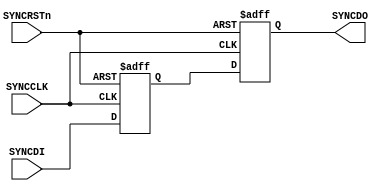
//-----------------------------------------------------------------------------
// The confidential and proprietary information contained in this file may
// only be used by a person authorised under and to the extent permitted
// by a subsisting licensing agreement from ARM Limited.
//
//            (C) COPYRIGHT 2008-2009 ARM Limited.
//                ALL RIGHTS RESERVED
//
// This entire notice must be reproduced on all copies of this file
// and copies of this file may only be made by a person if such person is
// permitted to do so under the terms of a subsisting license agreement
// from ARM Limited.
//
//      SVN Information
//
//      Checked In          : $Date: 2009-03-24 13:02:25 +0000 (Tue, 24 Mar 2009) $
//
//      Revision            : $Revision: 105044 $
//
//      Release Information : Cortex-M0-AT510-r0p0-00rel0
//-----------------------------------------------------------------------------

module cm0_pmu_sync_reset
          (input  wire SYNCRSTn,   // Synchronising Reset
           input  wire SYNCCLK,    // Synchronising Clock
           input  wire SYNCDI,     // Synchronising Data In
           output wire SYNCDO);    // Synchronising Data Out

  // --------------------------------------------------------------------------
  // NOTE: THIS MODULE IS NOT INTENDED FOR USE IN SYNTHESIS
  // IT IS STRONGLY RECOMMENDED THAT AN EQUIVALENT MODULE
  // DIRECTLY INSTANTIATING CELLS FROM YOUR LIBRARY THAT MEET
  // THE REQUIREMENTS DETAILED BELOW IS USED INSTEAD
  // --------------------------------------------------------------------------
  
  // --------------------------------------------------------------------------
  // This module is instantiated where a CDC-safe synchroniser is required,
  // i.e. where the input is from a different clock domain. The signal is
  // sampled using a series of two registers to minimise the chance of
  // metastability being introduced if the input changes around the time it
  // is sampled.
  //
  // The implementation of this module must ensure that this requirement is
  // met.
  // --------------------------------------------------------------------------

  // --------------------------------------------------------------------------
  // Signal Declarations
  // --------------------------------------------------------------------------

  reg           SyncQ;      // 1st synchroniser DFF
  reg           SyncQQ;     // 2nd synchroniser DFF
  
  //----------------------------------------------------------------------------
  // Beginning of main code
  //----------------------------------------------------------------------------

  // synchroniser
  always @ (posedge SYNCCLK or negedge SYNCRSTn)
    if (!SYNCRSTn)
      begin 
       SyncQQ <= 1'b0;
       SyncQ  <= 1'b0;
      end
    else
      begin
        SyncQQ <= SyncQ;
        SyncQ  <= SYNCDI;
      end 

  assign SYNCDO = SyncQQ;

`ifdef ARM_ASSERT_ON
  `include "std_ovl_defines.h"

  // Input X not allowed - halt propogation at synchroniser level.
  assert_never_unknown #(`OVL_FATAL,1,`OVL_ASSERT,"Input X not allowed - halt propogation at synchroniser level.")
  u_pmu_sync_xprop
    (
     .clk       (SYNCCLK),
     .reset_n   (SYNCRSTn),
     .qualifier (1'b1),
     .test_expr (SYNCDI));

`endif //  `ifdef ARM_ASSERT_ON

  
endmodule